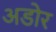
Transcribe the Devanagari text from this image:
अडोर